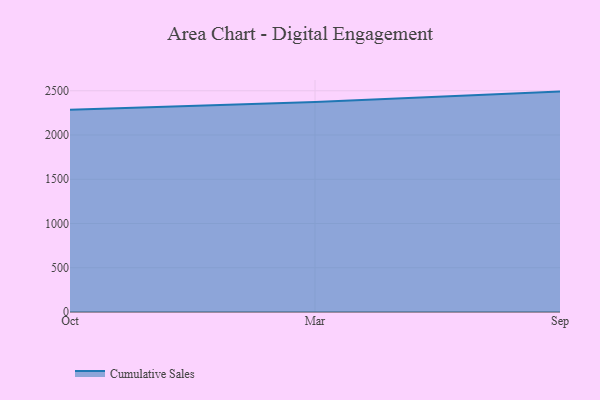
{"axis": {"x": "Month", "y": "Churn Rate (%)"}, "legend": ["Cumulative Sales"], "data": [{"x": "Oct", "y": 2285.6, "type": "Cumulative Sales"}, {"x": "Mar", "y": 2374.0, "type": "Cumulative Sales"}, {"x": "Sep", "y": 2490.7, "type": "Cumulative Sales"}]}